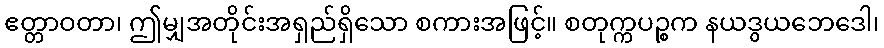
ဧတ္တာဝတာ၊ ဤမျှအတိုင်းအရှည်ရှိသော စကားအဖြင့်။ စတုက္ကပဉ္စက နယဒွယဘေဒေါ၊